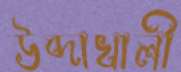
উব্দাখালী